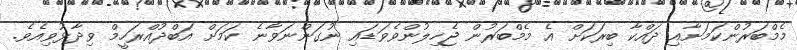
މެމްބަރުންކަމަށާއި ދައްކާ ބިރަކަށް އެ މެމްބަރުން ޖެހިލުންވެވަޑައި ނުގަންނަވާނެ ކަމަށް އަބްދުއްރަހީމް ވިދާޅުވިއެވެ.